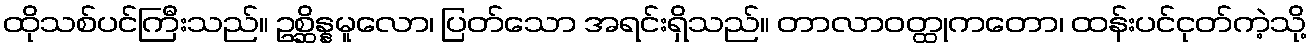
ထိုသစ်ပင်ကြီးသည်။ ဥစ္ဆိန္နမူလော၊ ပြတ်သော အရင်းရှိသည်။ တာလာဝတ္ထုကတော၊ ထန်းပင်ငုတ်ကဲ့သို့